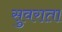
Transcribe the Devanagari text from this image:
सुवराता